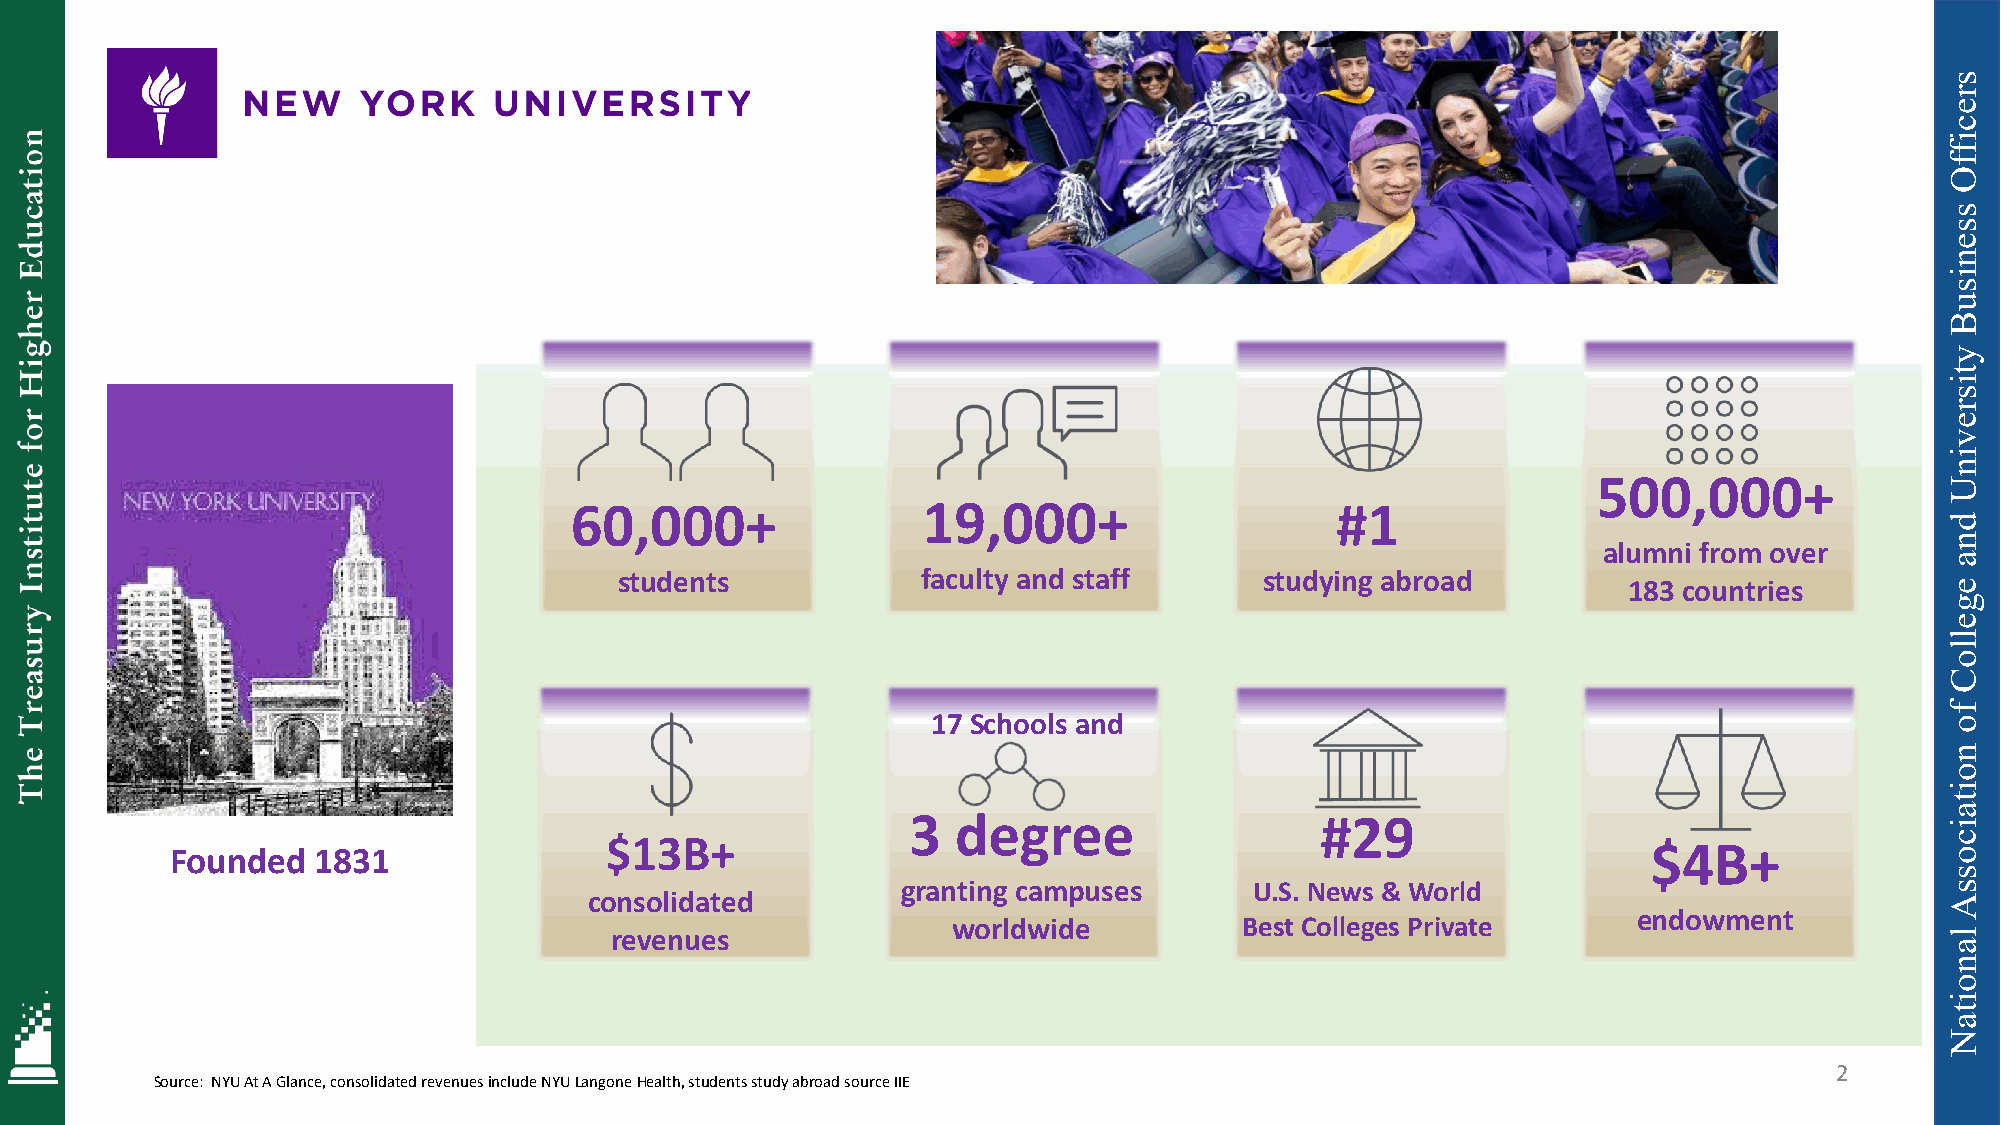
500,000+
 60,000+                19,000+                    #1
 alumni from over
 students            faculty and staff      studying abroad         183 countries
 17 Schools and
 3  degree                  #29
 $13B+
 Founded   1831                                                                                    $4B+
 granting campuses      U.S. News & World
 consolidated
 endowment
 worldwide          Best Colleges Private
 revenues
 2
 Source: NYU At A Glance, consolidated revenues include NYU LangoneHealth, students study abroad source IIE
 sreciffO
 ssenisuB
 ytisrevinU
 dna
 egelloC
 fo
 noitaicossA
 lanoitaN